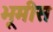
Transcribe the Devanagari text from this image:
भूमीस